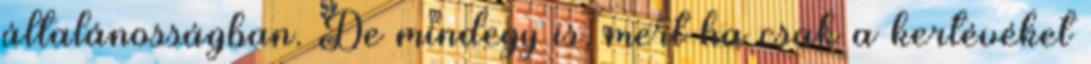
általánosságban. De mindegy is, mert ha csak a kertévéket